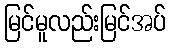
မြင်မူလည်းမြင်အပ်